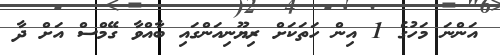
އަންނަ މަހުގެ 1 އިން ހަތަކަށް ރިޔޫނިއަންގައި ބާއްވާ ގޭމްސް އަށް ދާ